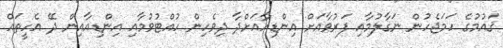
ޤައުމުގެ ހަމަޖެހުން ނަގާލުމާއި ފަރުވާއަށް އިންޑިއާއަށްދާ ދިވެހިން ހުއްޓުވުމާއި އިންޑިއާއިން ދޭ އެހީތައް